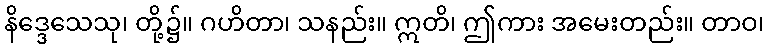
နိဒ္ဒေသေသု၊ တို့၌။ ဂဟိတာ၊ သနည်း။ ဣတိ၊ ဤကား အမေးတည်း။ တာဝ၊